Supplement to the account of plague administration in the Bombay Presidency from September 1896 till May 1897
Year: 1896
Disease focus: Plague
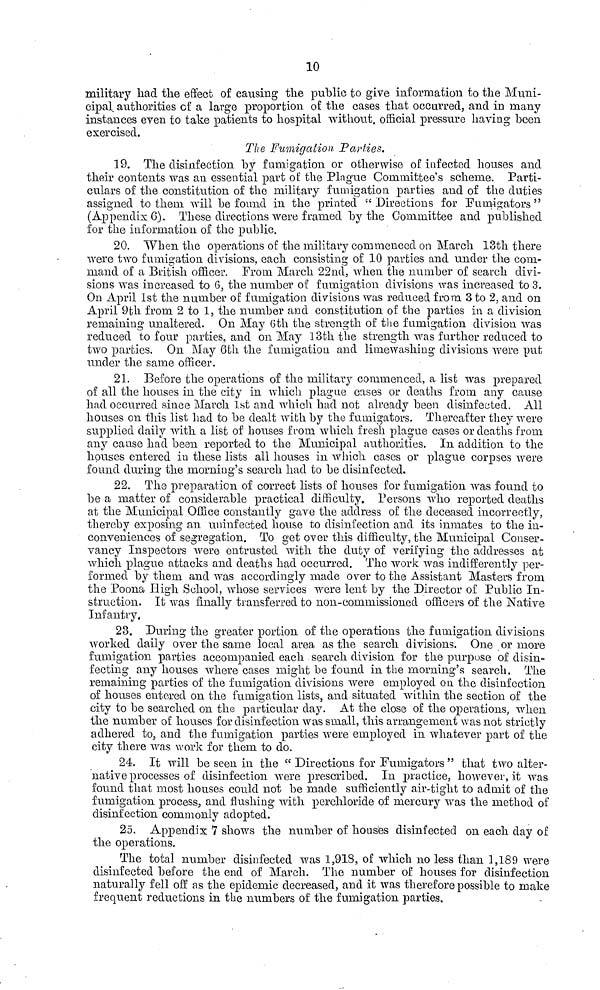
10
military had the effect of causing the public to give information to the Muni-
cipal, authorities of a large proportion of the cases that occurred, and in many
instances even to take patients to hospital without, official pressure having been
exercised.
The Fumigation, Parties.
19. The disinfection by fumigation or otherwise of infected houses and
their contents was an essential part of the Plague Committee's scheme. Parti-
culars of the constitution of the military fumigation parties and of the duties
assigned to them will be found in the printed " Directions for Fumigators "
(Appendix 6). These directions were framed by the Committee and published
for the information of the public.
20. When the operations of the military commenced on March 13th there
were two fumigation divisions, each consisting of 10 parties and under the com-
mand of a British officer. From March 22nd, when the number of search divi-
sions was increased to 6, the number of fumigation divisions was increased to 3.
On April 1st the number of fumigation divisions was reduced from 3 to 2, and on
April 9th from 2 to 1, the number and constitution of the parties in a division
remaining unaltered. On May 6th the strength of the fumigation division was
reduced to four parties, and on May 13th the strength was further reduced to
two parties. On May 6th the fumigation and limewashing divisions were put
under the same officer.
21. Before the operations of the military commenced, a list was prepared
of all the houses in the city in which plague cases or deaths from any cause
had occurred since March 1st and which had not already been disinfected. All
houses on this list had to be dealt with by the fumigators. Thereafter they were
supplied daily with a list of houses from which fresh plague cases or deaths from
any cause had been reported to the Municipal authorities. In addition to the
houses entered in these lists all houses in which cases or plague corpses were
found during the morning's search had to be disinfected.
22. The preparation of correct lists of houses for fumigation was found to
be a matter of considerable practical difficulty. Persons who reported deaths
at the Municipal Office constantly gave the address of the deceased incorrectly,
thereby exposing au uninfected house to disinfection and its inmates to the in-
conveniences of segregation. To get over this difficulty, the Municipal Conser-
vancy Inspectors were entrusted with the duty of verifying the addresses at
which plague attacks and deaths had occurred. The work was indifferently per-
formed by them and was accordingly made over to the Assistant Masters from
the Poona High School, whose services were lent by the Director of Public In-
struction. It was finally transferred to non-commissioned officers of the Native
Infantry.
23. During the greater portion of the operations the fumigation divisions
worked daily over the same local area as the search divisions. One or more
fumigation parties accompanied each search division for the purpose of disin-
fecting any houses where cases might be found in the morning's search. The
remaining parties of the fumigation divisions were employed on the disinfection
of houses entered on the fumigation lists, and situated within the section of the
city to be searched on the particular day. At the close of the operations, when
the number of houses for disinfection was small, this arrangement was not strictly
adhered to, and the fumigation parties were employed in whatever part of the
city there was work for them to do.
24. It will be seen in the " Directions for Fumigators " that two alter-
native processes of disinfection were prescribed. In practice, however, it was
found that most houses could not be made sufficiently air-tight to admit of the
fumigation process; and flushing with perchloride of mercury was the method of
disinfection commonly adopted.
25. Appendix 7 shows the number of houses disinfected on each day of
the operations.
The total number disinfected was 1,918, of which no less than 1,189 were
disinfected before the end of March. The number of houses for disinfection
naturally fell off as the epidemic decreased, and it was therefore possible to make
frequent reductions in the numbers of the fumigation parties.